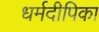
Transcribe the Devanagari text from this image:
धर्मदीपिका